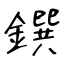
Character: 鐉